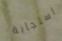
استجابة